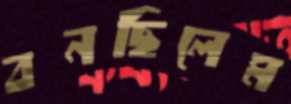
বনছিলেম